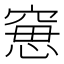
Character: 𥦾